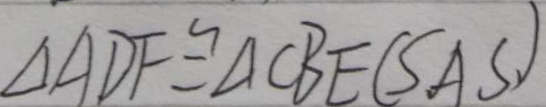
\Delta A D F \cong \Delta C B E ( S A S . )